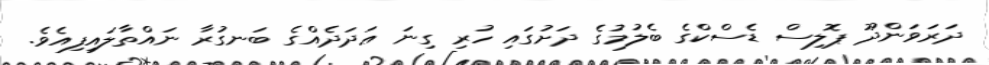
ދަރަވަންދޫ ޕޮލިސް ޑެސްކްގެ ބެލުމުގެ ދަށުގައި ހުރި ގިނަ ޢަދަދެއްގެ ބަނގުރާ ނައްތާލައިފިއެވެ.